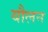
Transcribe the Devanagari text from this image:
यौलन